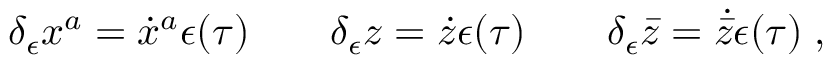
\delta _ { \epsilon } x ^ { a } = \dot { x } ^ { a } \epsilon ( \tau ) \qquad \delta _ { \epsilon } z = \dot { z } \epsilon ( \tau ) \qquad \delta _ { \epsilon } \bar { z } = \dot { \bar { z } } \epsilon ( \tau ) \; ,